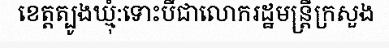
ខេត្តត្បូងឃ្មុំ:ទោះបីជាលោករដ្ឋមន្ត្រីក្រសួង